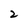
Character: 2